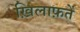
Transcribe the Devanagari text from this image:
ख़िलाफ़तें